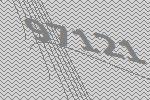
97121